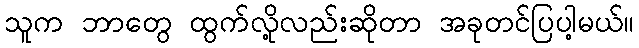
သူက ဘာတွေ ထွက်လို့လည်းဆိုတာ အခုတင်ပြပါ့မယ်။